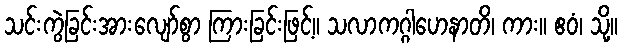
သင်းကွဲခြင်းအားလျော်စွာ ကြားခြင်းဖြင့်။ သလာကဂ္ဂါဟေနာတိ၊ ကား။ ဧဝံ၊ သို့။